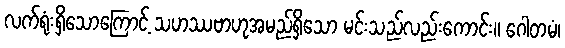
လက်ရုံးရှိသောကြောင့် သဟဿဗာဟုအမည်ရှိသော မင်းသည်လည်းကောင်း။ ဂေါတမံ၊